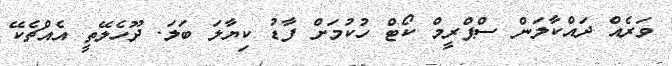
ވަރެއް ދައްކާލަން ސްޕްރީމް ކޯޓް ހުކުމަށް ފާޑު ކިޔާލަ ބަލަ. ދޫހެލޭތީ އެއްޗެކޭ